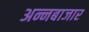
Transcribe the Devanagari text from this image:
अन्नबाजार